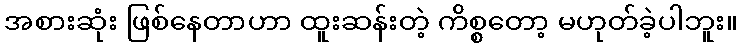
အစားဆုံး ဖြစ်နေတာဟာ ထူးဆန်းတဲ့ ကိစ္စတော့ မဟုတ်ခဲ့ပါဘူး။